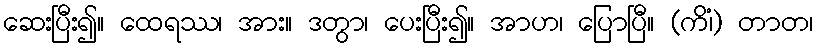
ဆေးပြီး၍။ ထေရဿ၊ အား။ ဒတွာ၊ ပေးပြီး၍။ အာဟ၊ ပြောပြီ။ (ကိံ၊) တာတ၊